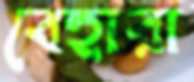
বেহারা